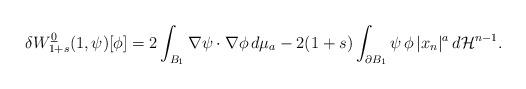
LaTeX: \begin{align*} \delta W^{\underline{0}}_{1+s}(1,\psi)[\phi] =2\int_{B_1}\nabla\psi\cdot\nabla\phi\,d\mu_a-2(1+s)\int_{\partial B_1}\psi\,\phi\,|x_n|^a\,d\mathcal{H}^{n-1}. \end{align*}